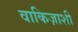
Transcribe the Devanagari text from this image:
वाकिज़ाशी